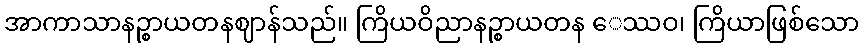
အာကာသာနဉ္စာယတနဈာန်သည်။ ကြိယဝိညာနဉ္စာယတန ေဿဝ၊ ကြိယာဖြစ်သော